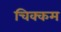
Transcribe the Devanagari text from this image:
चिक्कम